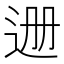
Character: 𬨡